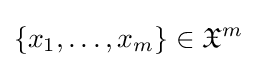
\{x_{1},\ldots ,x_{m}\}\in {\mathfrak {X}}^{m}